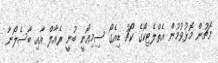
މެޗުން މޮޅުވުމުން އެތްލެޓިކޯގެ ކޯޗު ޑިއެގޯ ސިމިއޯނީ ބުނީ ރެއާލް އާއި ބާސެލޯނާ